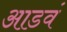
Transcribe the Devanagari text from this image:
आडवं